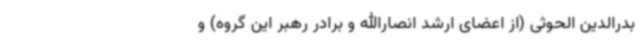
بدرالدین الحوثی (از اعضای ارشد انصارالله و برادر رهبر این گروه) و